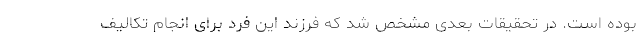
بوده است. در تحقیقات بعدی مشخص شد که فرزند این فرد برای انجام تکالیف